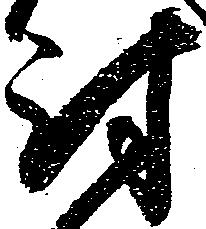
討